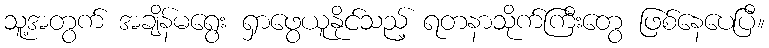
သူ့အတွက် အချိန်မရွေး ရှာဖွေယူနိုင်သည့် ရတနာသိုက်ကြီးတွေ ဖြစ်နေပေပြီ။